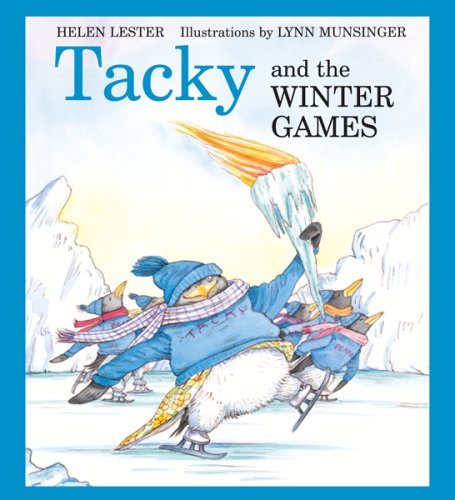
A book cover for Tacky and the Winter Games (Tacky the Penguin); Helen Lester; Children's Books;